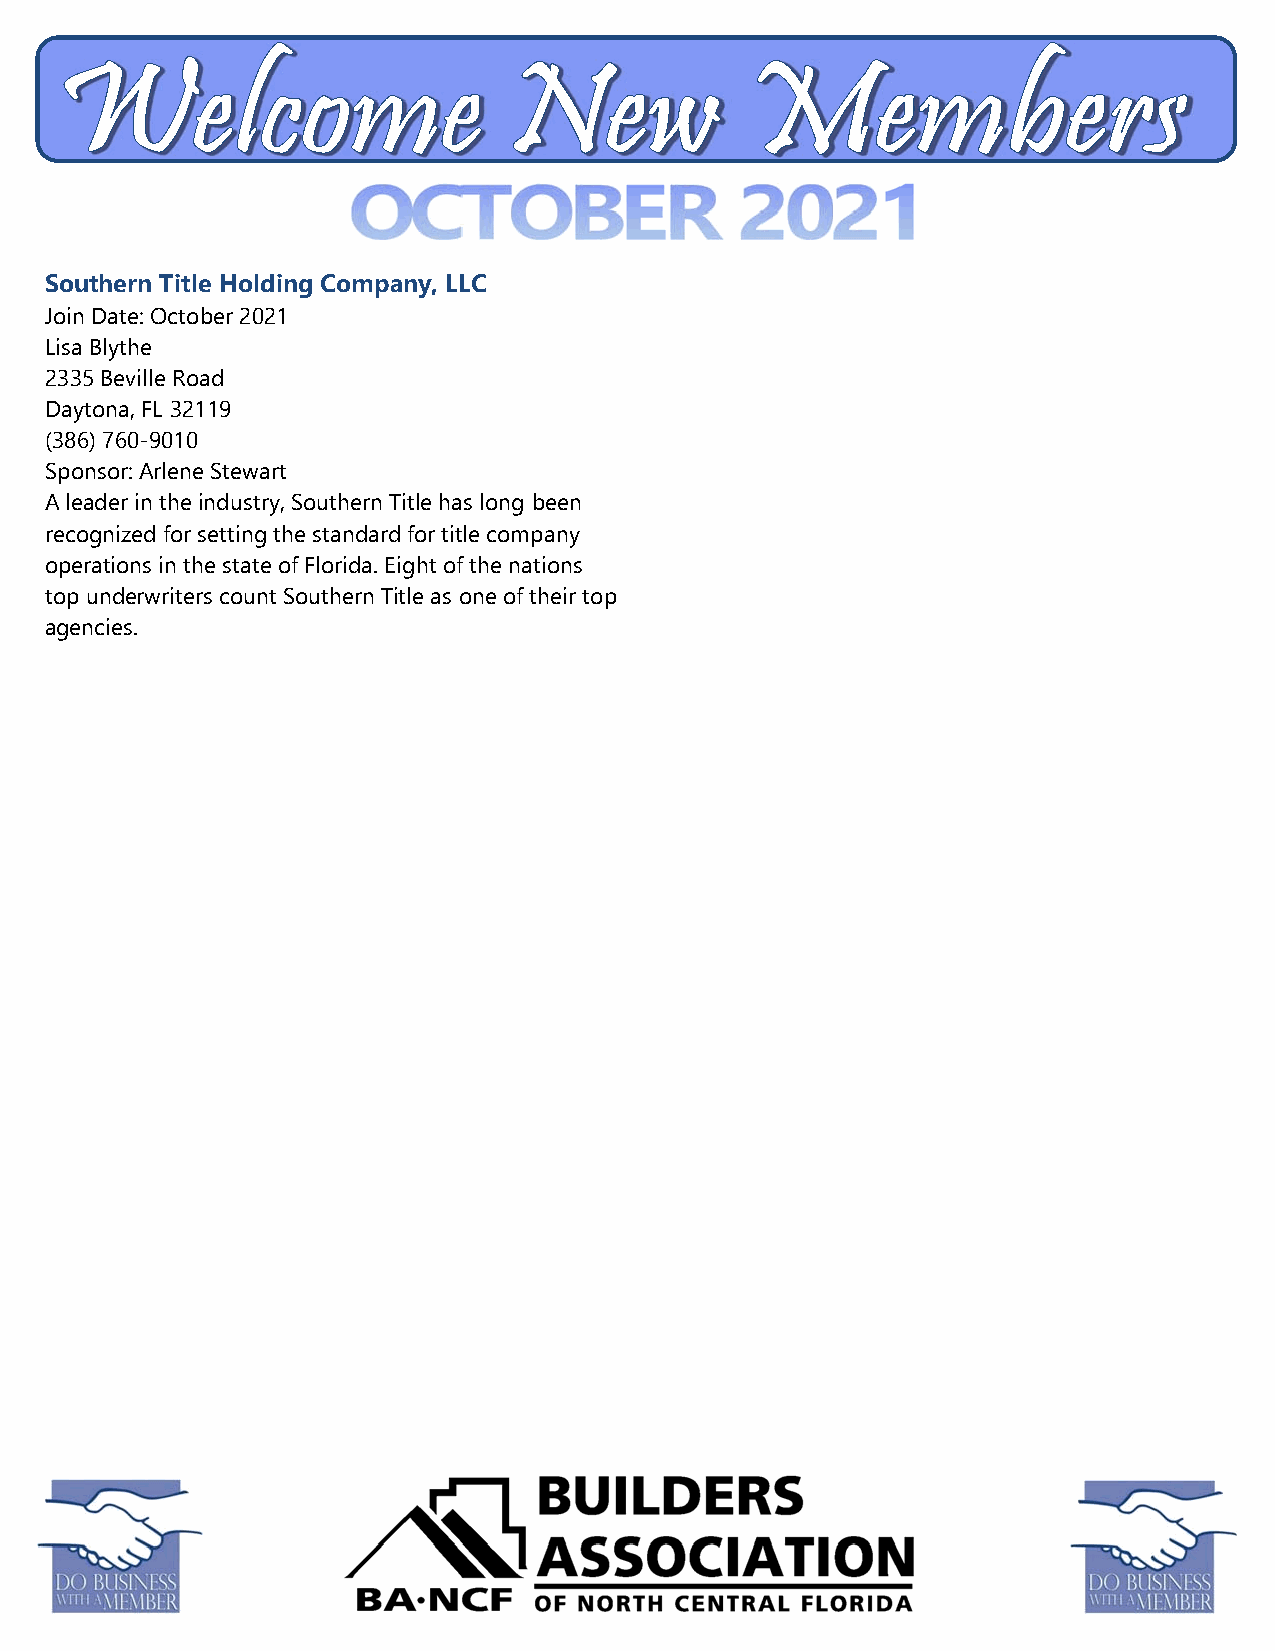
Southern Title Holding Company, LLC
 Join Date: October 2021
 Lisa Blythe
 2335 Beville Road
 Daytona, FL 32119
 (386) 760-9010
 Sponsor: Arlene Stewart
 A leader in the industry, Southern Title has long been
 recognized for setting the standard for title company
 operations in the state of Florida. Eight of the nations
 top underwriters count Southern Title as one of their top
 agencies.